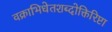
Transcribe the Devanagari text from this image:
वक्राभिधेतशब्दोक्तिरिष्टा